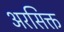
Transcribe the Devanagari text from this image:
अरसिक्त